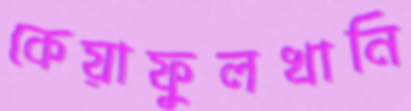
কেয়াফুলখানি